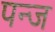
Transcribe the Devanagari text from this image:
पन्ज